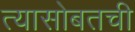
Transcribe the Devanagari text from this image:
त्यासोबतची